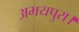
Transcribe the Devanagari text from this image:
अभयपुरा।